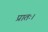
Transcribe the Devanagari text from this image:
प्रातः।